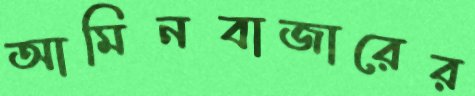
আমিনবাজারের